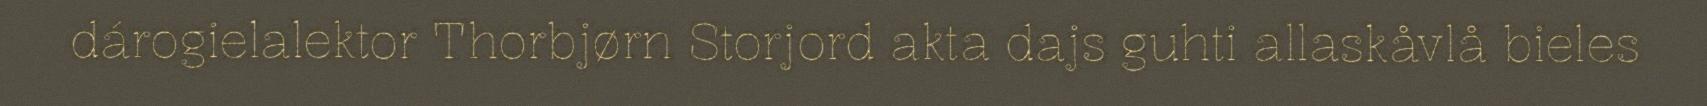
dárogielalektor Thorbjørn Storjord akta dajs guhti allaskåvlå bieles